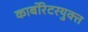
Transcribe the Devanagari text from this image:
कार्बोरेटरयुक्त